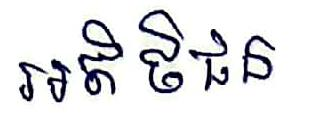
អតិថិជន